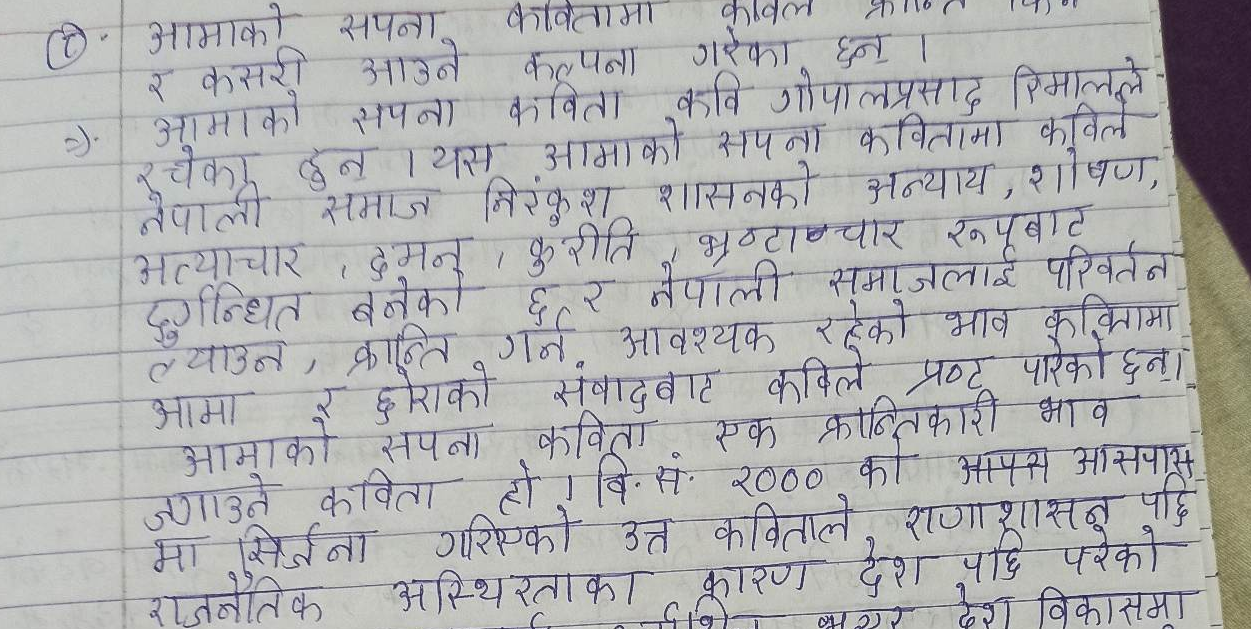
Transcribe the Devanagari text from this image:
① आमाको सपना कवितामा कविल
र कसरी आउने कल्पना गरेका छन।
→ आमाको सपना कविता कवि गोपालप्रसाद रिमालले
रचेका हुन् । यस आमाको सपना कवितामा कविले
नेपाली समाज निरंकुश शासनको अन्याय, शोषण,
अत्याचार, दमन, कुरिति, भ्रष्टाचार रूपबाट
दुगन्धित बनेको छ र नेपाली समाजलाई परिवर्तन
ल्याउन, क्रान्ति गर्न आवश्यक रहेको भाव कवितामा
आमा र छोराको संवादबाट कविले प्रष्ट पारेका छन।
आमाको सपना कविता एक क्रान्तिकारी भाव
जगाउने कविता हो । वि.सं. २०० को आपस आसपास
मा सिर्जना गरिएको उक्त कविताले राजाशाशनु पछि
राजनीतिक अस्थिरताका कारण देश पछि परेको